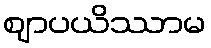
ဈာပယိဿာမ